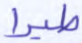
طيرا